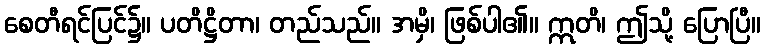
စေတီရင်ပြင်၌။ ပတိဋ္ဌိတာ၊ တည်သည်။ အမှိ၊ ဖြစ်ပါ၏။ ဣတိ၊ ဤသို့ ပြောပြီ။